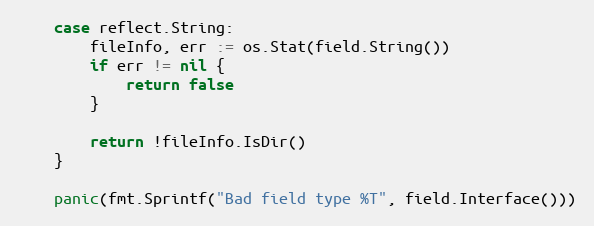
Language: Go
	case reflect.String:
		fileInfo, err := os.Stat(field.String())
		if err != nil {
			return false
		}

		return !fileInfo.IsDir()
	}

	panic(fmt.Sprintf("Bad field type %T", field.Interface()))